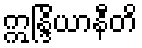
ဣန္ဒြိယာနီတိ